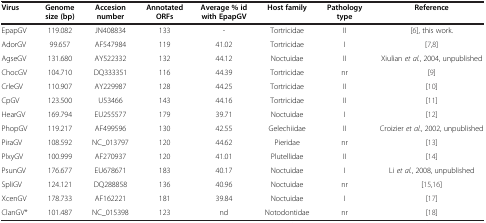
| Virus | Genome size (bp) | Accesion number | Annotated ORFs | Average % id with EpapGV | Host family | Pathology type | Reference |
 | --- | --- | --- | --- | --- | --- | --- | --- |
 | EpapGV | 119.082 | JN408834 | 133 | - | Tortricidae | II | [6], this work. |
 | AdorGV | 99.657 | AF547984 | 119 | 41.02 | Tortricidae | I | [7,8] |
 | AgseGV | 131.680 | AY522332 | 132 | 44.12 | Noctuidae | II | Xiulian et al., 2004, unpublished |
 | ChocGV | 104.710 | DQ333351 | 116 | 44.39 | Tortricidae | nr | [9] |
 | CrleGV | 110.907 | AY229987 | 128 | 44.25 | Tortricidae | II | [10] |
 | CpGV | 123.500 | U53466 | 143 | 44.16 | Tortricidae | II | [11] |
 | HearGV | 169.794 | EU255577 | 179 | 39.71 | Noctuidae | I | [12] |
 | PhopGV | 119.217 | AF499596 | 130 | 42.55 | Gelechiidae | II | Croizier et al., 2002, unpublished |
 | PiraGV | 108.592 | NC_013797 | 120 | 44.62 | Pieridae | nr | [13] |
 | PlxyGV | 100.999 | AF270937 | 120 | 41.01 | Plutellidae | II | [14] |
 | PsunGV | 176.677 | EU678671 | 183 | 40.17 | Noctuidae | I | Li et al., 2008, unpublished |
 | SpliGV | 124.121 | DQ288858 | 136 | 40.96 | Noctuidae | nr | [15,16] |
 | XcenGV | 178.733 | AF162221 | 181 | 39.84 | Noctuidae | I | [17] |
 | ClanGV* | 101.487 | NC_015398 | 123 | nd | Notodontidae | nr | [18] |